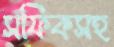
সফিকসহ